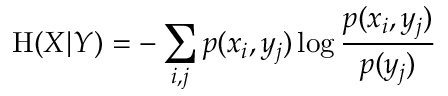
\mathrm { H } ( X | Y ) = - \sum _ { i , j } p ( x _ { i } , y _ { j } ) \log { \frac { p ( x _ { i } , y _ { j } ) } { p ( y _ { j } ) } }